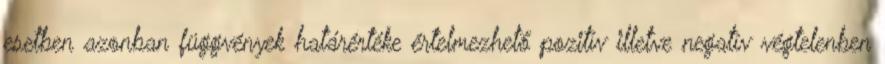
esetben azonban függvények határértéke értelmezhető pozitív illetve negatív végtelenben